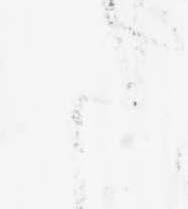
た